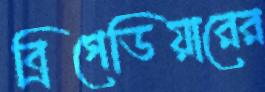
ব্রিগেডিয়ারের